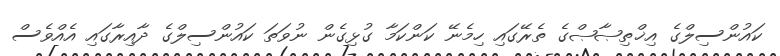
ކައުންސިލްގެ އިޚްތިޞާޞްގެ ތެރޭގައި ހިމެނޭ ކަންކަމާ ގުޅިގެން ނުވަތަ ކައުންސިލްގެ ދާއިރާގައި އެއްވެސް